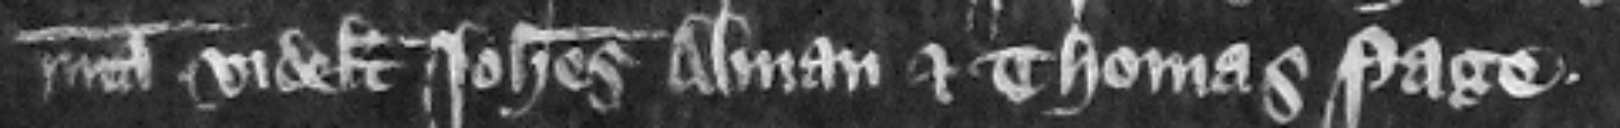
misericordia videlicet Iohannes Alman et Thomas Page.